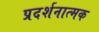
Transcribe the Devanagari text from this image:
प्रदर्शनात्‍मक